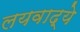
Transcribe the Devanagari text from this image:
लयवाद्ये